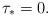
LaTeX: \begin{align*}\tau_{\ast} = 0.\end{align*}